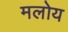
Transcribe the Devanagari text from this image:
मलोय